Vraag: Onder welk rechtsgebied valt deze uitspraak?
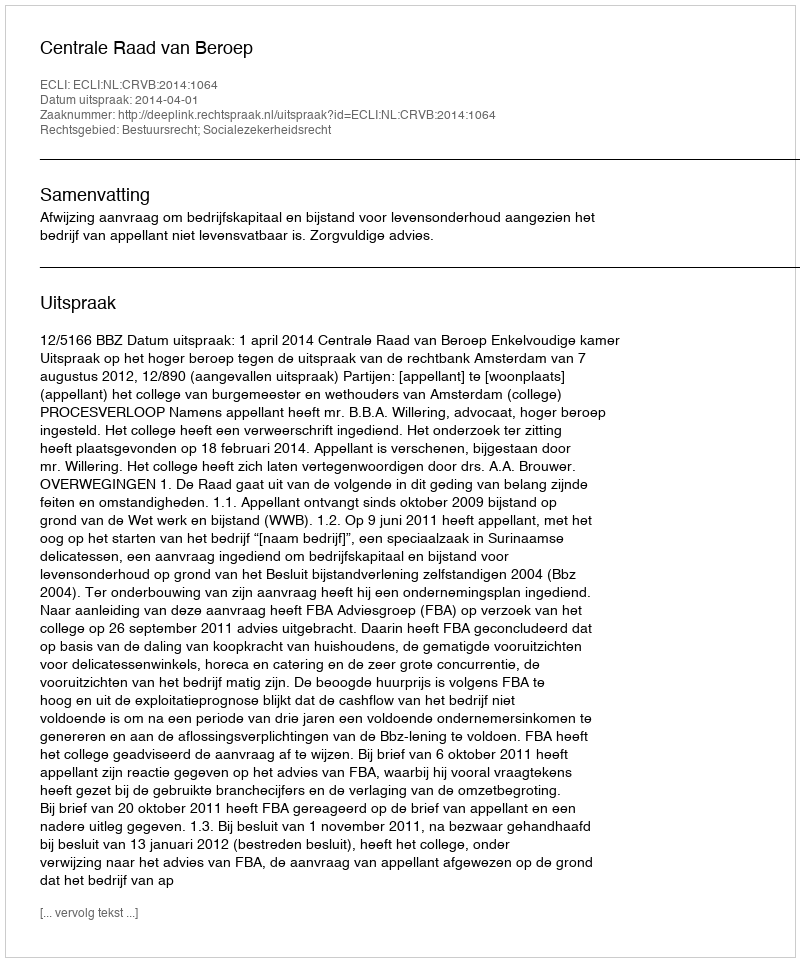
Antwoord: Bestuursrecht; Socialezekerheidsrecht